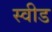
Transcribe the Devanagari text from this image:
स्वीड